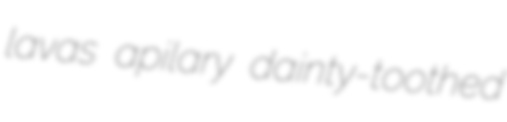
lavas apilary dainty-toothed